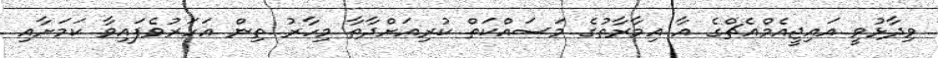
ވިދާޅުވީ އައިޖީއެމްއެޗްގެ އާ އިމާރާތުގެ މަސައްކަތް ކުރިއަށްދާތާ މިހާރު ތިން އަހަރުވެފައިވާ ކަމަށާއި